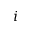
i